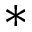
\bf { * }